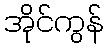
အိုင်ကွန်